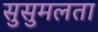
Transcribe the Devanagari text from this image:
सुसुमलता